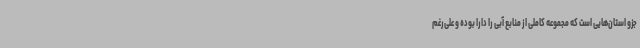
جزو استان‌هایی است که مجموعه کاملی از منابع آبی را دارا بوده و علی‌رغم